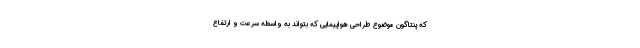
که پنتاگون موضوع طراحی هواپیمایی که بتواند به واسطه سرعت و ارتفاع